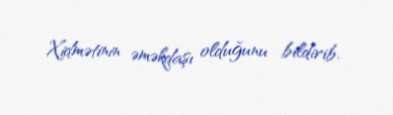
Xidmətinin əməkdaşı olduğunu bildirib.